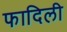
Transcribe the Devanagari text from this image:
फादिली